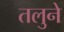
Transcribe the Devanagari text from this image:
तलुने